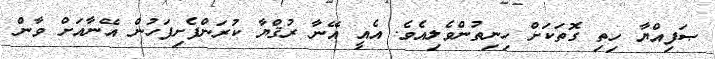
ޞަފިއްޔާ ހިތި ގޮތަކަށް ހިނިތުންވެލިއެވެ. އެއީ އޭނާ ރުޤްޔާ ކުރަންފެށިފަހުން އޭނާއަށް ވާން